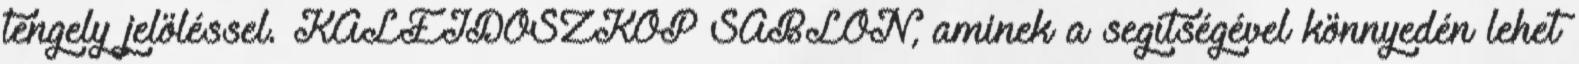
tengely jelöléssel. KALEIDOSZKÓP SABLON, aminek a segítségével könnyedén lehet